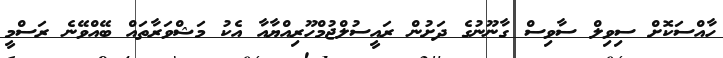
ހާއްސަކޮށް ސިވިލް ސާވިސް ގާނޫނުގެ ދަށުން ރައީސުލްޖުމްހޫރިއްޔާއާ އެކު މަޝްވަރާތައް ބޭއްވޭނެ ރަސްމީ